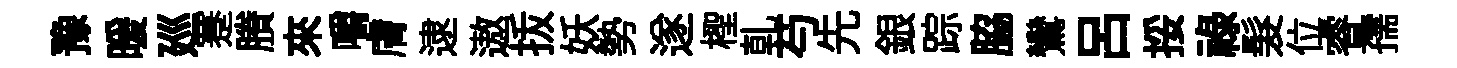
豫暖廵蹇賸來嚼膚逮遨㧞妖勢遂檉乹芍先銀踪脇鸞吕挼祿髮位睿孺